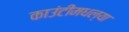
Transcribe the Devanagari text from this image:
काउंटीमधल्या